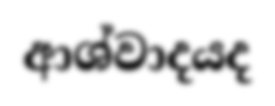
ආශ්වාදයද